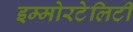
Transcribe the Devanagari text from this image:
इम्मोरटेलिटी